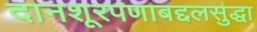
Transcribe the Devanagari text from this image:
दानशूरपणाबद्दलसुद्धा